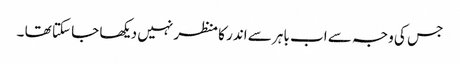
جس کی وجہ سے اب باہر سے اندر کا منظر نہیں دیکھا جا سکتا تھا ۔